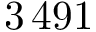
3 \, 4 9 1